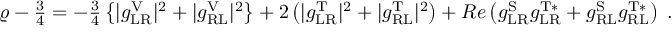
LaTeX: \varrho - \textstyle { \frac { 3 } { 4 } } = - \textstyle { \frac { 3 } { 4 } } \displaystyle \left\{ | g _ { \mathrm { L R } } ^ { \mathrm { V } } | ^ { 2 } + | g _ { \mathrm { R L } } ^ { \mathrm { V } } | ^ { 2 } \right\} + 2 \left( | g _ { \mathrm { L R } } ^ { \mathrm { T } } | ^ { 2 } + | g _ { \mathrm { R L } } ^ { \mathrm { T } } | ^ { 2 } \right) + R e \left( g _ { \mathrm { L R } } ^ { \mathrm { S } } g _ { \mathrm { L R } } ^ { \mathrm { T * } } + g _ { \mathrm { R L } } ^ { \mathrm { S } } g _ { \mathrm { R L } } ^ { \mathrm { T * } } \right) \; .